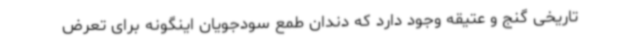
تاریخی گنج و عتیقه وجود دارد که دندان طمع سودجویان اینگونه برای تعرض